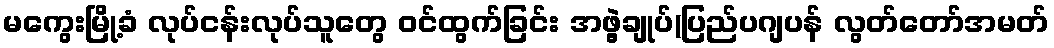
မကွေးမြို့ခံ လုပ်ငန်းလုပ်သူတွေ ဝင်ထွက်ခြင်း အဖွဲ့ချုပ်(ပြည်ပဂျပန် လွတ်တော်အမတ်